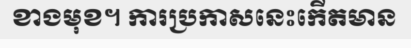
ខាងមុខ។ ការប្រកាសនេះកើតមាន